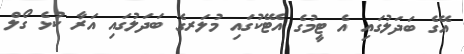
އޭގެ ބަދަލުގައި އެ ޓީމުގެ އެޓޭކުގައި މުލަރގެ ބަދަލުގައި އަރާ ކުޅެ ގޯލް